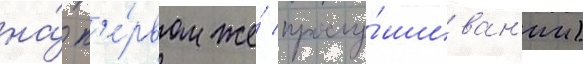
на́ п'е́рвом же́ прослу́шиван'ии)